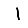
Digit: 1